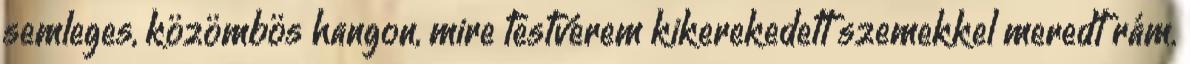
semleges, közömbös hangon, mire testvérem kikerekedett szemekkel meredt rám.